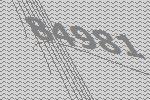
84981